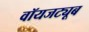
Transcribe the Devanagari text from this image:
वॉयजट्यूब